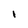
Character: l